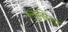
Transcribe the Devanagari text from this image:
ल्युसिला